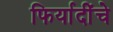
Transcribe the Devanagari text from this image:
फिर्यादींचे